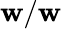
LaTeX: \mathbf{w}/\mathbf{w}